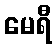
မေရီ